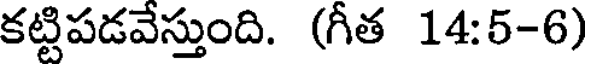
కట్టిపడవేస్తుంది. (గీత 14:5-6)